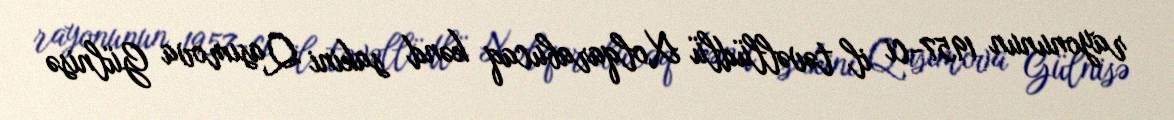
rayonunun 1957-ci il təvəllüdlü Xolqarabucaq kənd sakini Qasımova Gülnisə